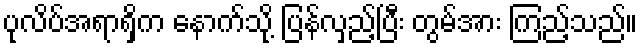
ပုလိပ်အရာရှိက နောက်သို့ ပြန်လှည့်ပြီး တွမ်အား ကြည့်သည်။